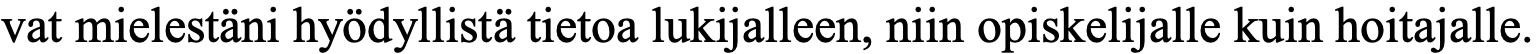
vat mielestäni hyödyllistä tietoa lukijalleen, niin opiskelijalle kuin hoitajalle.